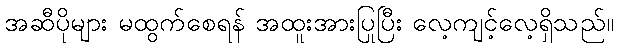
အဆီပိုများ မထွက်စေရန် အထူးအားပြုပြီး လေ့ကျင့်လေ့ရှိသည်။